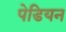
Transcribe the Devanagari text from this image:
पेडियन